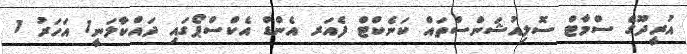
އުރީދޫގެ ސްމާޓް ސޮލިއުޝަންސްތައް ކަނެކްޓް ފެއަރ އެންޑް އެކްސްޕޯގައި ދައްކާލަނީ1 އަހަރު 1